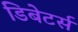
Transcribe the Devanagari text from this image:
डिबेटर्स